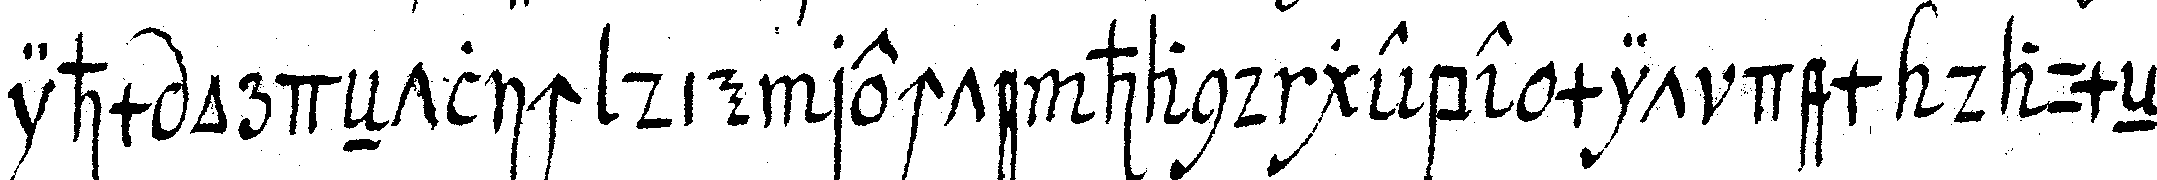
ihm ordeNtlich die rechte hand gebe mit dem daumeN